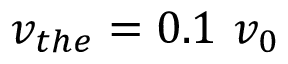
v _ { t h e } = 0 . 1 \ v _ { 0 }